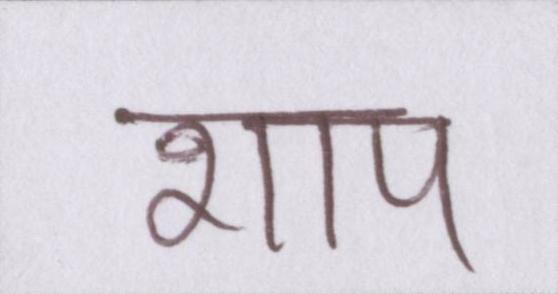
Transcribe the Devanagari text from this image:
शाप